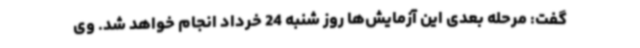
گفت: مرحله بعدی این آزمایش‌ها روز شنبه 24 خرداد انجام خواهد شد. وی